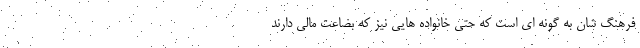
فرهنگ شان به گونه ای است که حتی خانواده هایی نیز که بضاعت مالی دارند